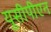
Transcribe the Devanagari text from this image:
यूसीपीएन